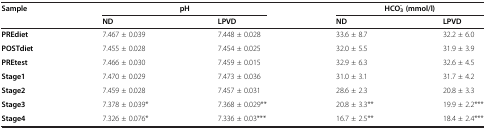
| Sample | <COLSPAN=2> pH | <COLSPAN=2> HCO3-(mmol/l) |
 |  | ND | LPVD | ND | LPVD |
 | --- | --- | --- | --- | --- |
 | PREdiet | 7.467 ± 0.039 | 7.448 ± 0.028 | 33.6 ± 8.7 | 32.2 ± 6.0 |
 | POSTdiet | 7.455 ± 0.028 | 7.454 ± 0.025 | 32.0 ± 5.5 | 31.9 ± 3.9 |
 | PREtest | 7.466 ± 0.030 | 7.459 ± 0.015 | 32.9 ± 6.3 | 32.6 ± 4.5 |
 | Stage1 | 7.470 ± 0.029 | 7.473 ± 0.036 | 31.0 ± 3.1 | 31.7 ± 4.2 |
 | Stage2 | 7.459 ± 0.028 | 7.457 ± 0.031 | 28.6 ± 2.3 | 20.8 ± 3.3 |
 | Stage3 | 7.378 ± 0.039* | 7.368 ± 0.029** | 20.8 ± 3.3** | 19.9 ± 2.2*** |
 | Stage4 | 7.326 ± 0.076* | 7.336 ± 0.03*** | 16.7 ± 2.5** | 18.4 ± 2.4*** |